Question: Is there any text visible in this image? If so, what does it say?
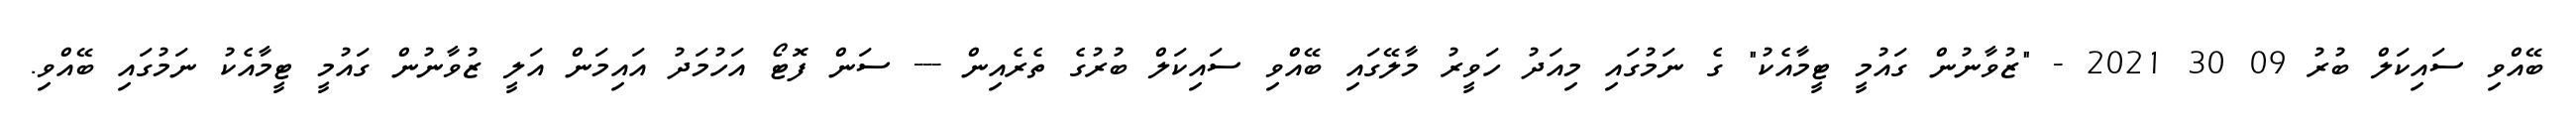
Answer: ބޭއްވި ސައިކަލް ބުރު 09 30 2021 - "ޒުވާނުން ގައުމީ ޓީމާއެކު" ގެ ނަމުގައި މިއަދު ހަވީރު މާލޭގައި ބޭއްވި ސައިކަލް ބުރުގެ ތެރެއިން --- ސަން ފޮޓޯ އަހުމަދު އައިމަން އަލީ ޒުވާނުން ގައުމީ ޓީމާއެކު ނަމުގައި ބޭއްވި.